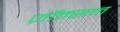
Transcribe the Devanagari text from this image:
ज़ॉन्सन